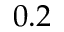
0 . 2